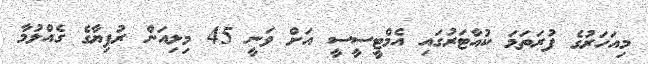
މިއަހަރުގެ ފުރަތަމަ ކުއާޓަރުގައި އެމްޓީސީސީ އަށް ވަނީ 45 މިލިއަން ރުފިޔާގެ ގެއްލުމާ